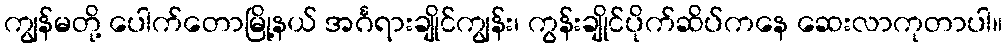
ကျွန်မတို့ ပေါက်တောမြို့နယ် အင်္ဂရားချိုင်ကျွန်း၊ ကွန်းချိုင်ပိုက်ဆိပ်ကနေ ဆေးလာကုတာပါ။